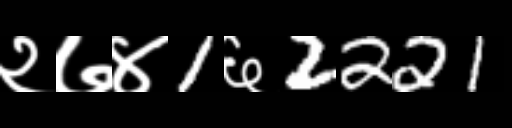
Text: २७४1६2221